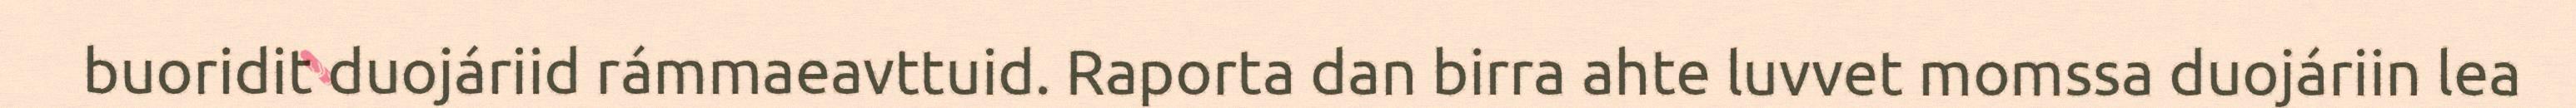
buoridit duojáriid rámmaeavttuid. Raporta dan birra ahte luvvet momssa duojáriin lea